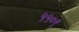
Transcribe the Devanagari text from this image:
५५०९